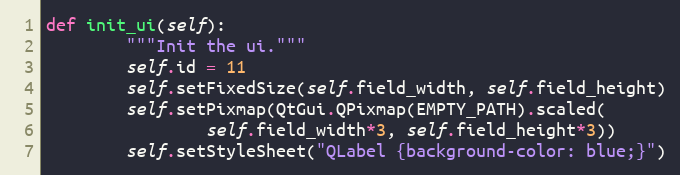
Language: Python
def init_ui(self):
        """Init the ui."""
        self.id = 11
        self.setFixedSize(self.field_width, self.field_height)
        self.setPixmap(QtGui.QPixmap(EMPTY_PATH).scaled(
                self.field_width*3, self.field_height*3))
        self.setStyleSheet("QLabel {background-color: blue;}")